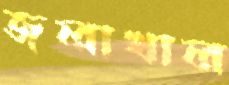
জলাখাল